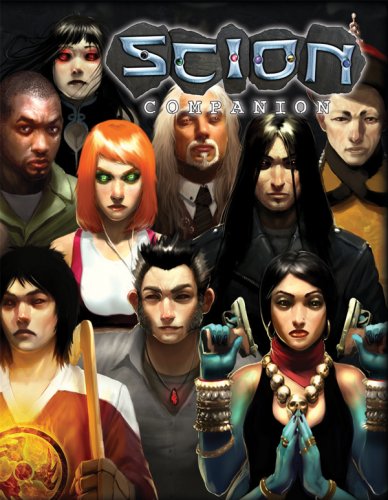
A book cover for Scion Companion*OP; Joseph Carriker; Science Fiction & Fantasy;